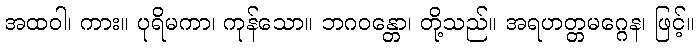
အထဝါ၊ ကား။ ပုရိမကာ၊ ကုန်သော။ ဘဂဝန္တော၊ တို့သည်။ အရဟတ္တမဂ္ဂေန၊ ဖြင့်။